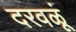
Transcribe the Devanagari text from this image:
दरवळूं